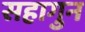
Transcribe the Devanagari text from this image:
सहागुन